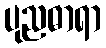
ပုညဓာရာ